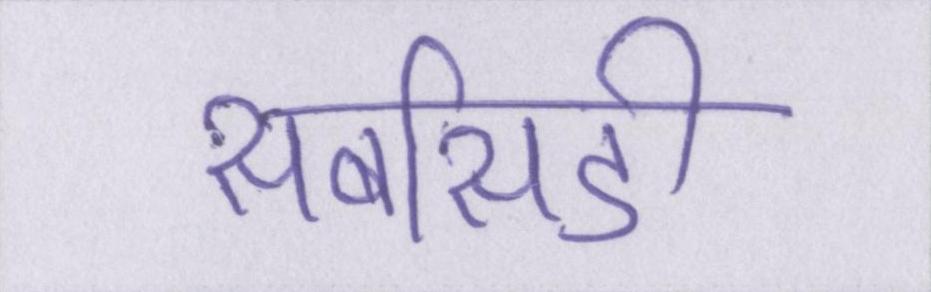
सबसिडी